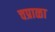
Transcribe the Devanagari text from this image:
चप्राळा